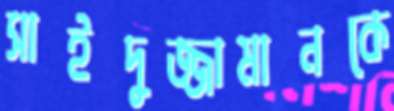
সাইদুজ্জামানকে